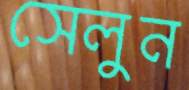
সেলুন